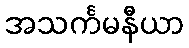
အသင်္ကမနီယာ